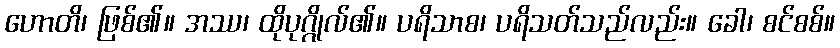
ဟောတိ၊ ဖြစ်၏။ အဿ၊ ထိုပုဂ္ဂိုလ်၏။ ပရိသာစ၊ ပရိသတ်သည်လည်း။ ခေါ၊ စင်စစ်။